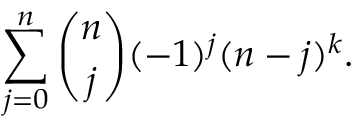
\sum _ { j = 0 } ^ { n } { \binom { n } { j } } ( - 1 ) ^ { j } ( n - j ) ^ { k } .